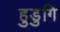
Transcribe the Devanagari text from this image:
हुडुगि